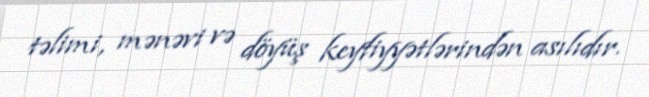
təlimi, mənəvi və döyüş keyfiyyətlərindən asılıdır.